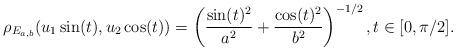
LaTeX: \begin{align*}\rho_{E_{a,b}}(u_1 \sin(t), u_2 \cos(t)) = \left(\frac{\sin(t)^2}{a^2} + \frac{\cos(t)^2}{b^2} \right)^{-1/2}, t \in [0,\pi/2].\end{align*}